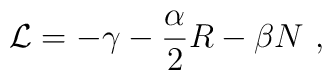
{\cal L} = - \gamma - \frac{\alpha}{2} R- \beta  N   \ ,